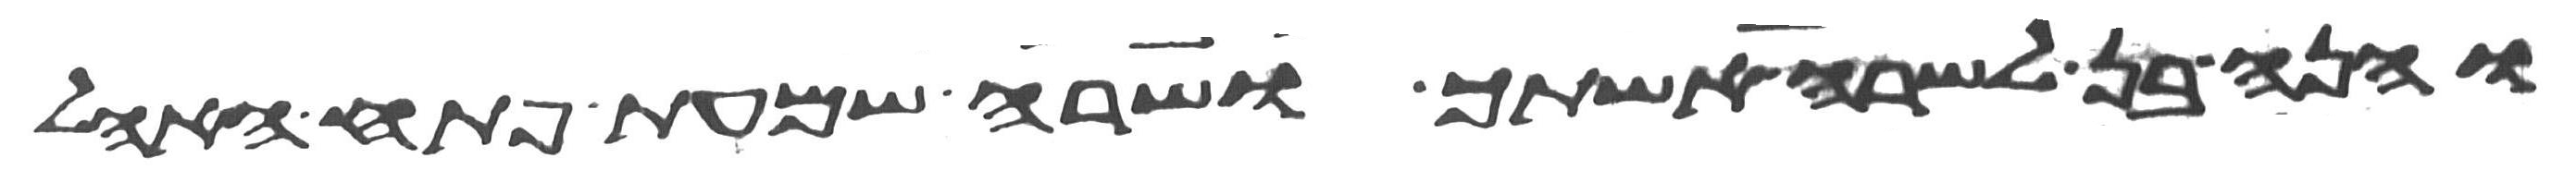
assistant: והנה בן לשרה אשתך ושרה שמעת פתח האהל